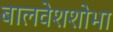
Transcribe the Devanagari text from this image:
बालवेशशोभा